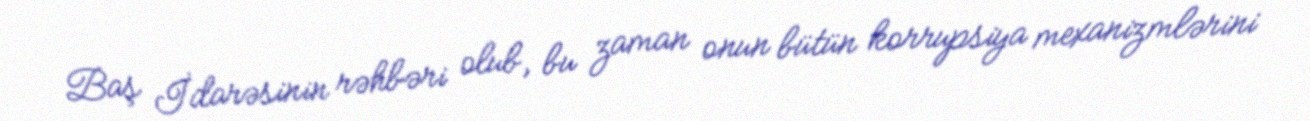
Baş İdarəsinin rəhbəri olub, bu zaman onun bütün korrupsiya mexanizmlərini